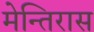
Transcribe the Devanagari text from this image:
मेन्तिरास